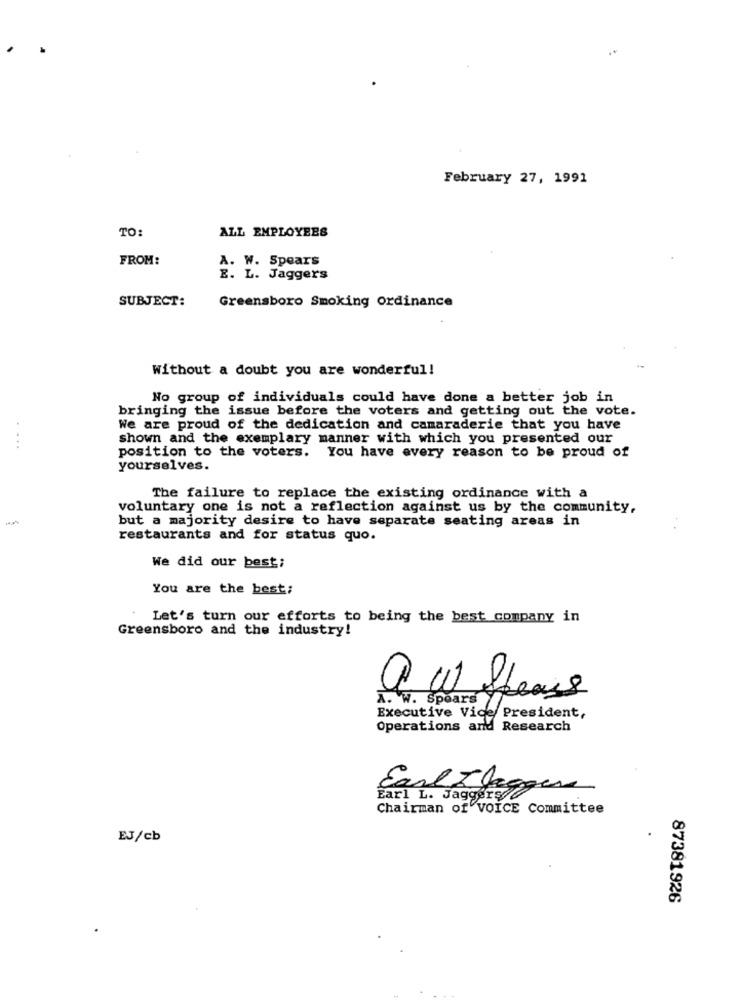
February 27, 1991
TO:
ALL EMPLOYEES
FROM:
A. W. Spears
E. L. Jaggers
SUBJECT:
Greensboro Smoking ordinance
Without a doubt you are wonderful!
No group of individuals could have done a better job in
bringing the issue before the voters and getting out the vote.
We are proud of the dedication and camaraderie that you have
shown and the exemplary manner with which you presented our
....
position to the voters. You have every reason to be proud of
yourselves.
The failure to replace the existing ordinance with a
voluntary one is not a reflection against us by the community,
but a majority desire to have separate seating areas in
restaurants and for status quo.
We did our best;
You are the best;
Let's turn our efforts to being the best company in
Greensboro and the industry!
A. W. Spoars
Executive Vice President,
Operations and Research
Carl IJagque
Chairman of VOICE Committee
EJ/cb
87381926